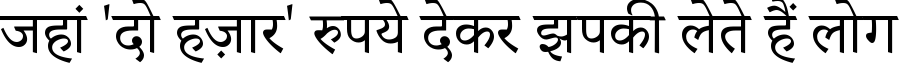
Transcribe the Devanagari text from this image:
जहां 'दो हज़ार' रुपये देकर झपकी लेते हैं लोग